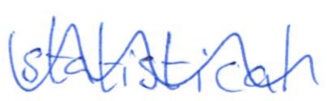
Text: statistical
Cross-out: wave
Writing tool: ballpoint